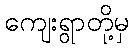
ကျေးရွာတို့မှ